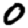
Digit: 0